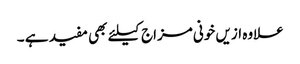
علاوہ ازیں خونی مزاج کیلئے بھی مفید ہے ۔